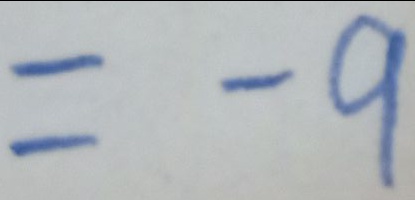
= - 9